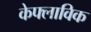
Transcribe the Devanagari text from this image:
केफ्लाविक